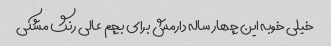
خیلی خوبه این چهار ساله دارمش برای بچم عالی رنگ مشکی